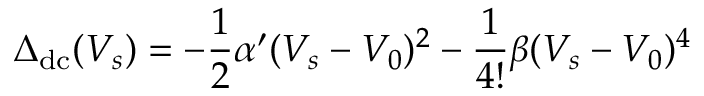
\Delta _ { \mathrm { d c } } ( V _ { s } ) = - \frac { 1 } { 2 } \alpha ^ { \prime } ( V _ { s } - V _ { 0 } ) ^ { 2 } - \frac { 1 } { 4 ! } \beta ( V _ { s } - V _ { 0 } ) ^ { 4 }